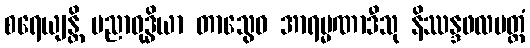
စရေယျန္တိ ပညာဝုဒ္ဓိယာ တာသွေဝ အာရမ္မဏာဒီသု နိဿန္ဒဖလမတ္တံ